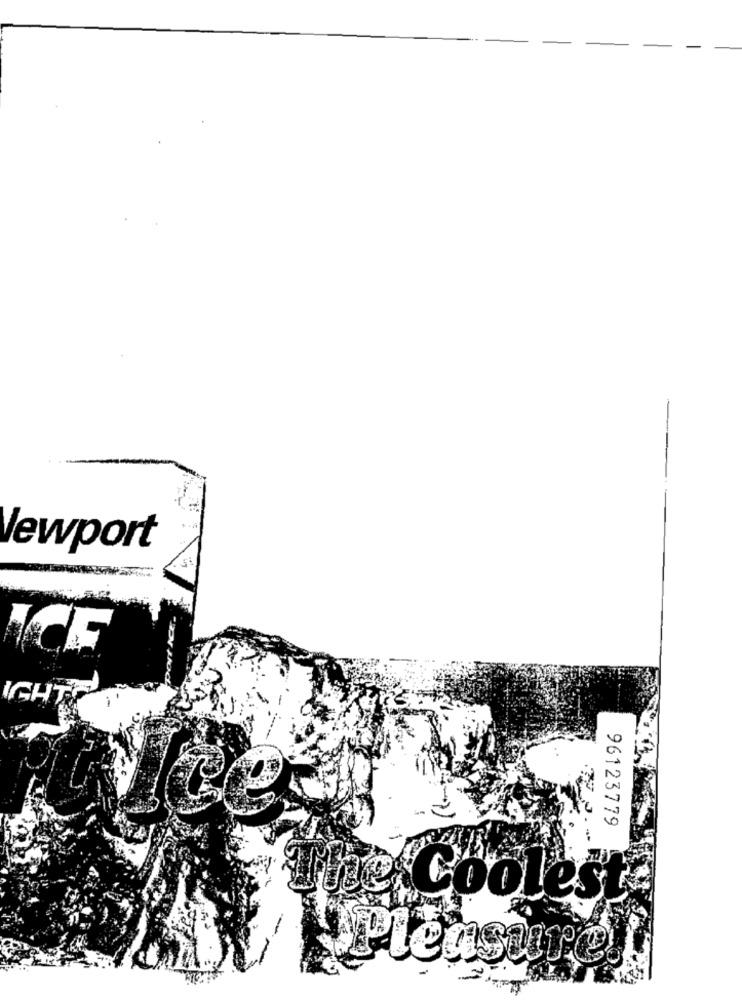
lewport
IGHT
96123779
The Coolest